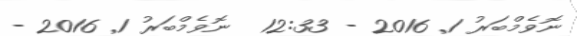
ނޮވެމްބަރު 1